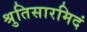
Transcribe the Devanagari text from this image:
श्रुतिसारमिदं